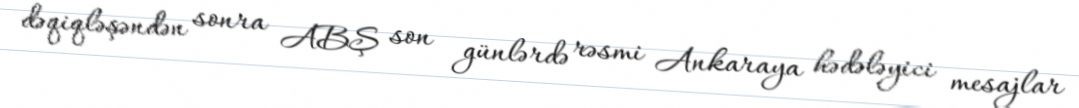
dəqiqləşəndən sonra ABŞ son günlərdə rəsmi Ankaraya hədələyici mesajlar